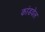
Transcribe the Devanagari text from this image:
कांडवेल